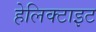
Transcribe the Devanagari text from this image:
हेलिक्टाइट